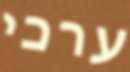
ערכי